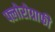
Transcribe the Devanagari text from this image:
फ्लोरोग्राफी